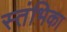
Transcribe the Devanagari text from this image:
स्तंभिका